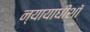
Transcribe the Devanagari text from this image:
न्यायाधीशॉ